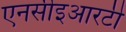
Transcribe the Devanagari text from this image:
एनसीइआरटी